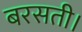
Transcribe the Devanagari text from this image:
बरसती।